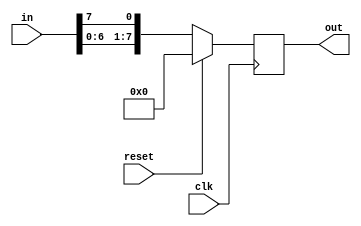
`timescale 1 ns/1 ps
module register(
    input [7:0]in,
    input clk,
    input reset,
    output reg [7:0]out
);
always @(posedge clk) begin
    if (reset) begin
        out<=8'b00000000;
    end else begin
        out<={in[6:0],in[7]};
    end
end
endmodule // 

module exp3_td;
    reg[7:0] in;
    reg clk;
    reg re;
    wire[7:0] ou;
    register test(in,clk,re,ou);
    

    initial begin
        $dumpfile("exp3_td.vcd");
        $dumpvars(0,exp3_td);
        clk = 0;
        re = 0;
        in = 8'b10110011;
        #500 re = 1;
    end
    initial begin
        repeat(20)begin
            #50 clk=~clk;
        end
    end
    

endmodule